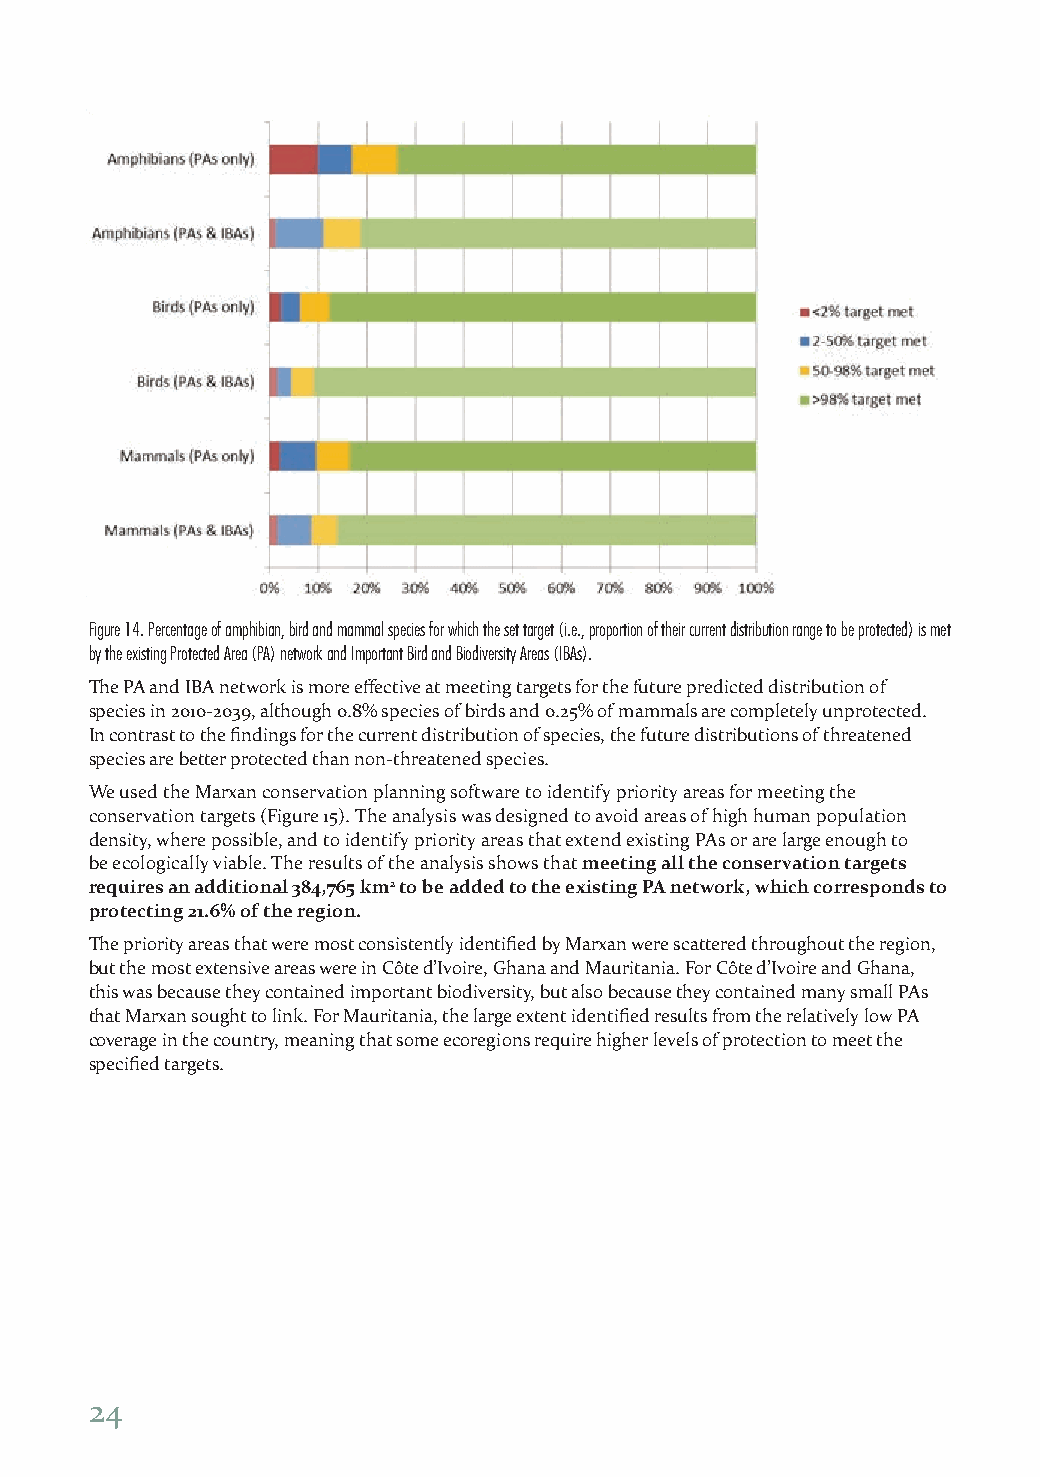
Figure 14. Percentage of amphibian, bird and mammal species for which the set target (i.e., proportion of their current distribution range to be protected) is met
 by the existing Protected Area (PA) network and Important Bird and Biodiversity Areas (IBAs).
 The PA and IBA network is more effective at meeting targets for the future predicted distribution of
 species in 2010-2039, although 0.8% species of birds and 0.25% of mammals are completely unprotected.
 In contrast to the findings for the current distribution of species, the future distributions of threatened
 species are better protected than non-threatened species.
 We used the Marxan conservation planning software to identify priority areas for meeting the
 conservation targets (Figure 15). The analysis was designed to avoid areas of high human population
 density, where possible, and to identify priority areas that extend existing PAs or are large enough to
 be ecologically viable. The results of the analysis shows that meeting all the conservation targets
 requires an additional 384,765 km2 to be added to the existing PA network, which corresponds to
 protecting 21.6% of the region.
 The priority areas that were most consistently identified by Marxan were scattered throughout the region,
 but the most extensive areas were in Côte d’Ivoire, Ghana and Mauritania. For Côte d’Ivoire and Ghana,
 this was because they contained important biodiversity, but also because they contained many small PAs
 that Marxan sought to link. For Mauritania, the large extent identified results from the relatively low PA
 coverage in the country, meaning that some ecoregions require higher levels of protection to meet the
 specified targets.
 24